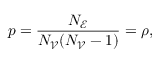
p = \frac { N _ { \mathscr { E } } } { N _ { \mathscr { V } } ( N _ { \mathscr { V } } - 1 ) } = \rho ,